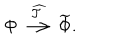
\Phi \stackrel { \widehat { \cal T } } { \longrightarrow } \widetilde \Phi .